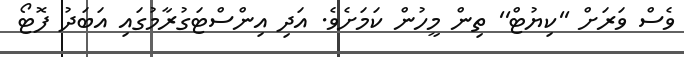
ވެސް ވަރަށް ''ކިޔުޓް'' ތިން މީހުން ކަމަށެވެ. އަދި އިންސްޓަގުރާމުގައި އަބަދު ފޮޓޯ